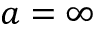
a = \infty